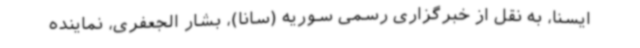
ایسنا، به نقل از خبرگزاری رسمی سوریه (سانا)،‌ بشار الجعفری، نماینده